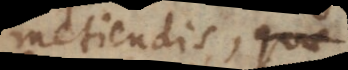
metiendis, quae